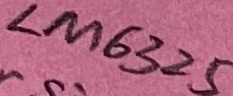
Text: LM63225